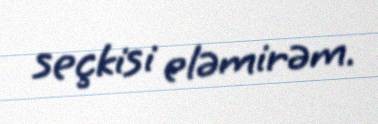
seçkisi eləmirəm.